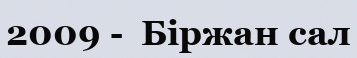
2009 -  Біржан сал